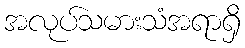
အလုပ်သမားသံအရာရှိ